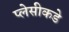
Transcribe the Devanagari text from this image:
प्लेसीकडे